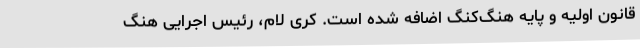
قانون اولیه و پایه هنگ‌کنگ اضافه شده است. کری لام، رئیس اجرایی هنگ